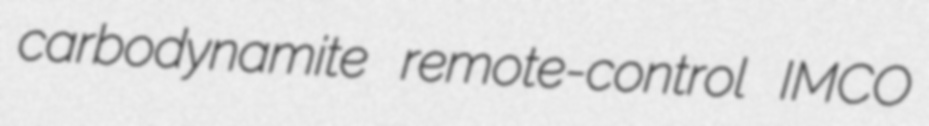
carbodynamite remote-control IMCO